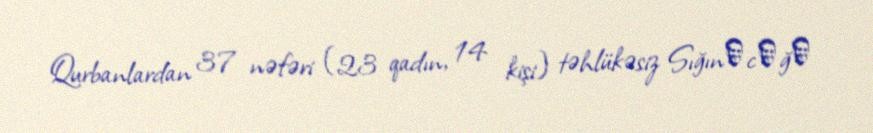
Qurbanlardan 37 nəfəri (23 qadın, 14 kişi) təhlükəsiz Sığınаcаğа